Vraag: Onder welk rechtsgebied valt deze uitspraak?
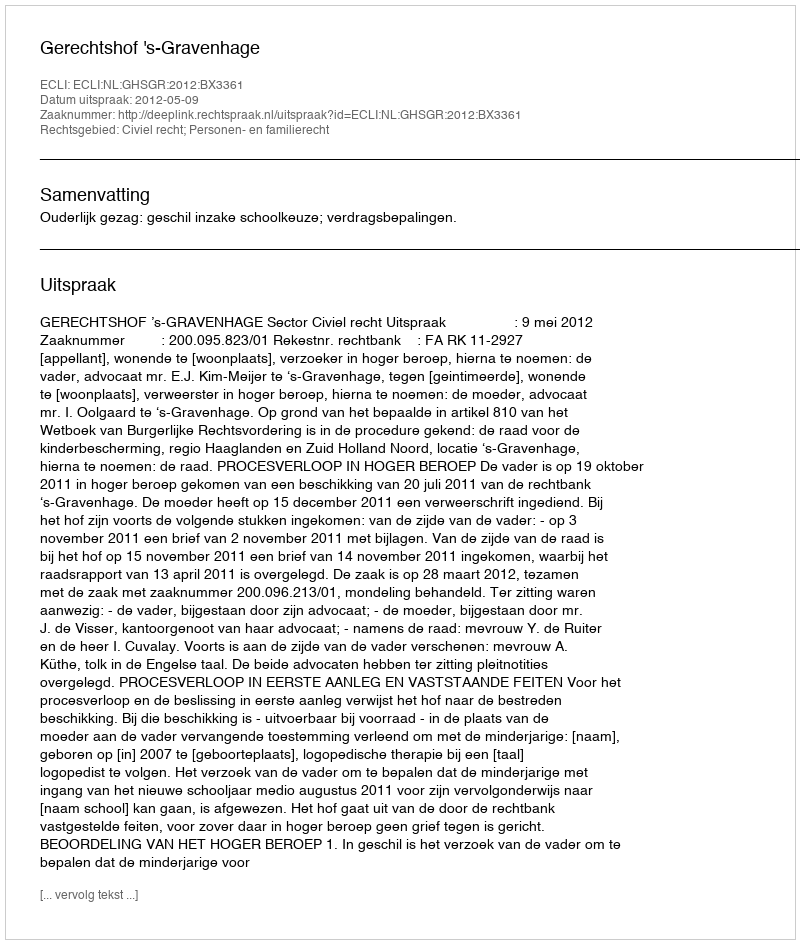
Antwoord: Civiel recht; Personen- en familierecht